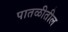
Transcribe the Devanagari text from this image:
पातळीतील